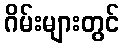
ဂိမ်းများတွင်